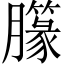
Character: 𱼣